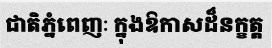
ជាតិភ្នំពេញៈ ក្នុងឱកាសដ៏នក្ខត្ត